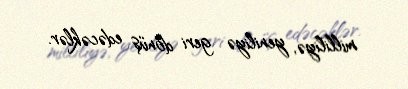
milliliyə, yeniliyə geri dönüş edəcəklər.